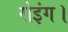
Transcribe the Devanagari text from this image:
रोइंग।